Report on vaccination North-West Frontier Province 1904-1922 - 1904-1922
Year: 1904
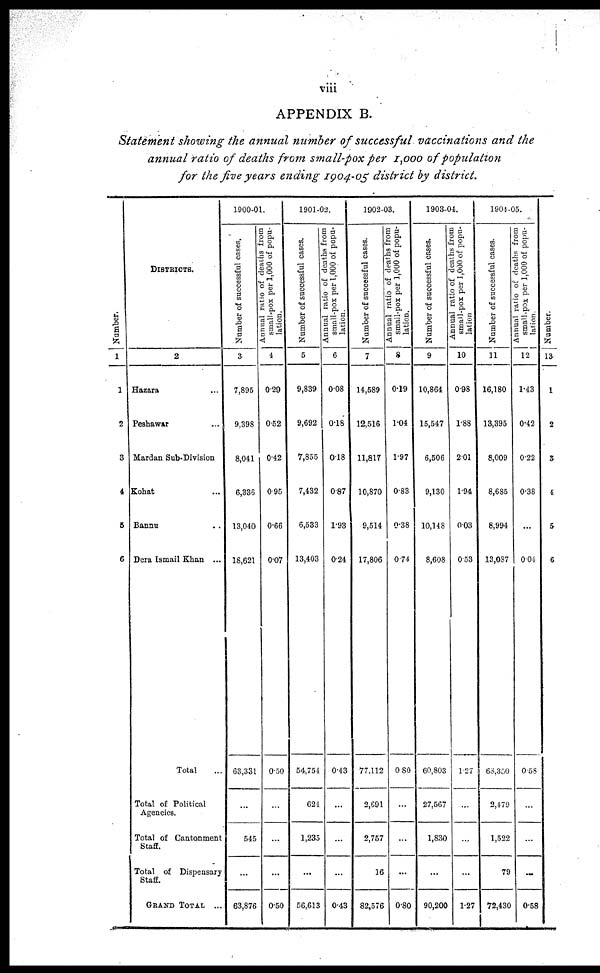
viii
APPENDIX B.
Statement showing the annual number of successful vaccinations and the
annual ratio of deaths from small-pox per 1,000 of population
for the five years ending 1904-05 district by district
Number.
1
1
2
3
4
5
6
DISTRICTS.
2
Hazara ...
Peshawar ...
Mardan Sub-Division
Kohat ...
Bannu ...
Dera Ismail Khan ...
Total ...
Total of Political
Agencies.
Total of Cantonment
Staff.
Total of Dispensary
Staff.
GRAND TOTAL ...
1900-01.
Number of successful cases.
3
7,895
9,398
8,041
6,336
13,040
18,621
63,331
...
545
...
63,876
Annual ratio of deaths from
small-pox per 1,000 of popu-
lation.
4
0.29
0.52
0.42
0.95
0.66
0.07
0.50
...
...
...
0.50
1901-02.
Number of successful cases.
5
9,839
9,692
7,855
7,432
6,533
13,403
54,754
624
1,235
...
56,613
Annual ratio of deaths from
small-pox per 1,000 of popu-
lation.
6
0.08
0.18
0.18
0.87
1.93
0.24
0.43
...
...
...
0.43
1902-03.
Number of successful cases.
7
14,589
12,516
11,817
10,870
9,514
17,806
77,112
2,691
2,757
16
82,576
Annual ratio of deaths from
small-pox per 1,000 of popu-
lation.
8
0.19
1.04
1.97
0.83
0.38
0.74
0.80
...
...
...
0.80
1903-04.
Number of successful cases.
9
10,864
15,547
6,506
9,130
10,148
8,608
60,803
27,567
1,830
...
90,200
Annual ratio of deaths from
small-pox per 1,000 of popu-
lation
10
0.98
1.88
2.01
1.94
0.03
0.53
1.27
...
...
...
1.27
1904-05.
Number of successful cases.
11
16,180
13,395
8,009
8,685
8,994
13,087
68,350
2,479
1,522
79
72,430
Annual ratio of deaths from
small-pox per 1,000 of popu-
lation.
12
1.43
0.42
0.22
0.38
...
0.04
0.58
...
...
...
0.58
Number.
13
1
2
3
4
5
6